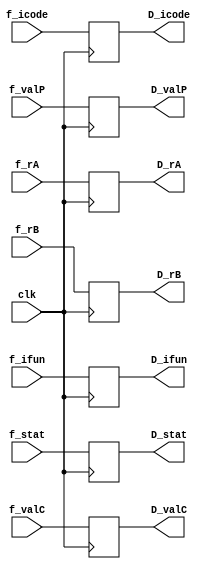
module decode_reg(
    input clk,
    input [2:0] f_stat,
    input [3:0] f_icode,
    input [3:0] f_ifun,
    input [63:0] f_valC,
    input [63:0] f_valP,
    input [3:0] f_rA,
    input [3:0] f_rB,

    output reg [2:0] D_stat,
    output reg [3:0] D_icode,
    output reg [3:0] D_ifun,
    output reg [63:0] D_valC,
    output reg [63:0] D_valP,
    output reg [3:0] D_rA,
    output reg [3:0] D_rB
);

always @(posedge clk)
begin
    D_stat = f_stat; //might be <= instead of =
    D_icode = f_icode;
    D_ifun = f_ifun;
    D_valC = f_valC;
    D_valP = f_valP;
    D_rA = f_rA;
    D_rB = f_rB;
end
endmodule